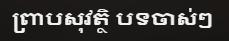
ព្រាបសុវត្ថិ បទចាស់ៗ